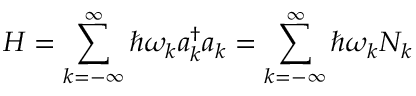
H = \sum _ { k = - \infty } ^ { \infty } \hbar \omega _ { k } a _ { k } ^ { \dagger } a _ { k } = \sum _ { k = - \infty } ^ { \infty } \hbar \omega _ { k } N _ { k }